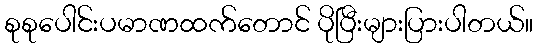
စုစုပေါင်းပမာဏထက်တောင် ပိုပြီးများပြားပါတယ်။